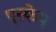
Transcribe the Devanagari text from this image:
एस्‍केप